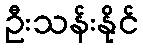
ဦးသန်းနိုင်